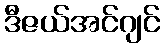
ဒီဇယ်အင်ဂျင်